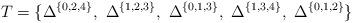
LaTeX: \begin{align*} T=\{\Delta^{\{0,2,4\}}, \ \Delta^{\{ 1,2,3\}}, \ \Delta^{\{0,1,3\}}, \ \Delta^{\{1,3,4\}}, \ \Delta^{\{0,1,2\}}\} \end{align*}